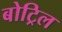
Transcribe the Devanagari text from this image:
बोट्रिल